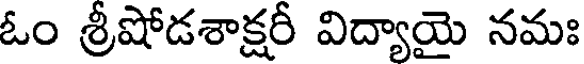
ఓం శ్రీషోడశాక్షరీ విద్యాయై నమః